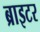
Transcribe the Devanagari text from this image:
ब्राइटर